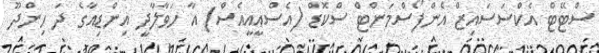
ސްޓޭޓް އެކްސަސައިޒް އެންފޯސްމަންޓް ސްކޮޑް (އެސްއީއީއެސް) އާ ހަވާލާދީ އިންޑިއާގެ ދަ ހިންދޫ